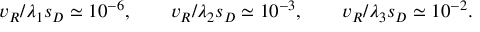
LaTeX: v _ { R } / { \lambda _ { 1 } s _ { D } } \simeq 1 0 ^ { - 6 } , \qquad v _ { R } / { \lambda _ { 2 } s _ { D } } \simeq 1 0 ^ { - 3 } , \qquad v _ { R } / { \lambda _ { 3 } s _ { D } } \simeq 1 0 ^ { - 2 } .